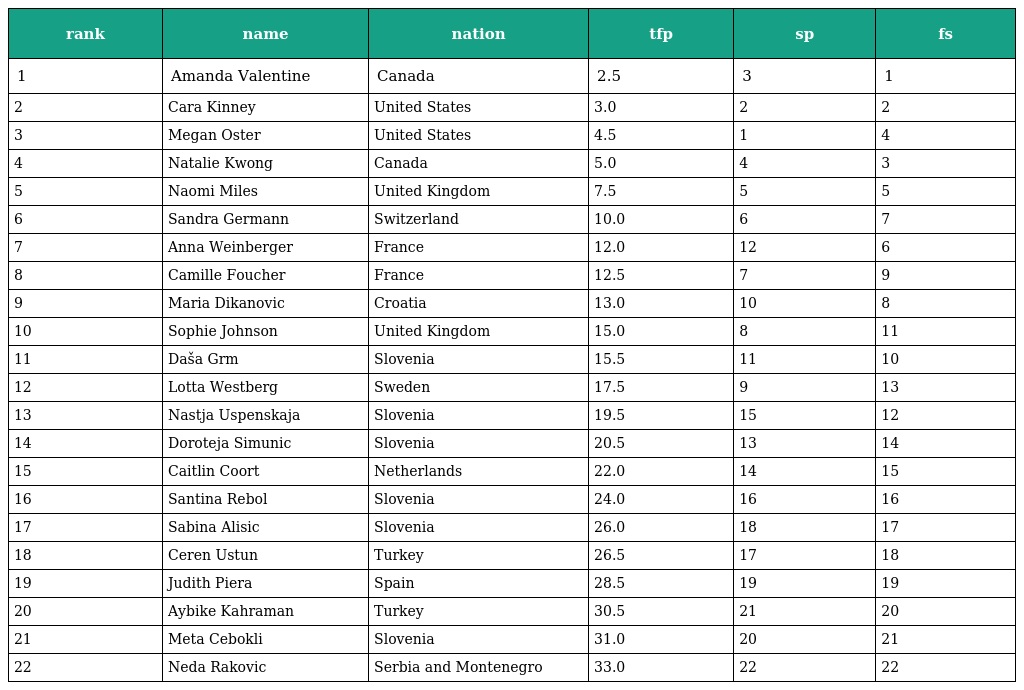
| rank | name | nation | tfp | sp | fs |
 | --- | --- | --- | --- | --- | --- |
 | 1 | Amanda Valentine | Canada | 2.5 | 3 | 1 |
 | 2 | Cara Kinney | United States | 3.0 | 2 | 2 |
 | 3 | Megan Oster | United States | 4.5 | 1 | 4 |
 | 4 | Natalie Kwong | Canada | 5.0 | 4 | 3 |
 | 5 | Naomi Miles | United Kingdom | 7.5 | 5 | 5 |
 | 6 | Sandra Germann | Switzerland | 10.0 | 6 | 7 |
 | 7 | Anna Weinberger | France | 12.0 | 12 | 6 |
 | 8 | Camille Foucher | France | 12.5 | 7 | 9 |
 | 9 | Maria Dikanovic | Croatia | 13.0 | 10 | 8 |
 | 10 | Sophie Johnson | United Kingdom | 15.0 | 8 | 11 |
 | 11 | Daša Grm | Slovenia | 15.5 | 11 | 10 |
 | 12 | Lotta Westberg | Sweden | 17.5 | 9 | 13 |
 | 13 | Nastja Uspenskaja | Slovenia | 19.5 | 15 | 12 |
 | 14 | Doroteja Simunic | Slovenia | 20.5 | 13 | 14 |
 | 15 | Caitlin Coort | Netherlands | 22.0 | 14 | 15 |
 | 16 | Santina Rebol | Slovenia | 24.0 | 16 | 16 |
 | 17 | Sabina Alisic | Slovenia | 26.0 | 18 | 17 |
 | 18 | Ceren Ustun | Turkey | 26.5 | 17 | 18 |
 | 19 | Judith Piera | Spain | 28.5 | 19 | 19 |
 | 20 | Aybike Kahraman | Turkey | 30.5 | 21 | 20 |
 | 21 | Meta Cebokli | Slovenia | 31.0 | 20 | 21 |
 | 22 | Neda Rakovic | Serbia and Montenegro | 33.0 | 22 | 22 |